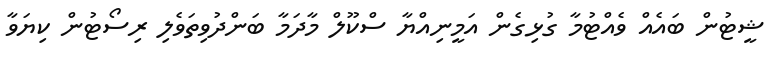
ޝީޓުން ބައެއް ވެއްޓުމާ ގުޅިގެން އަމީނިއްޔާ ސްކޫލް މާދަމާ ބަންދުވިތަވެލި ރިސޯޓުން ކިޔަވާ